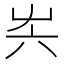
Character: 𡴆